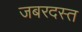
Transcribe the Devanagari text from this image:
जबरदस्त